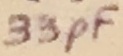
Text: 33pF